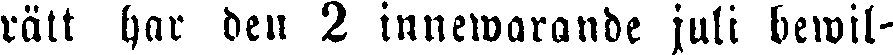
rätt har den 2 innewarande juli bewil-